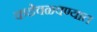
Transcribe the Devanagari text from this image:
कडेवळवण्यात